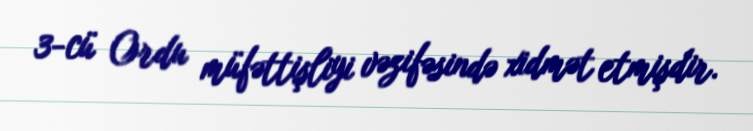
3-cü Ordu müfəttişliyi vəzifəsində xidmət etmişdir.